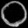
Digit: ၀